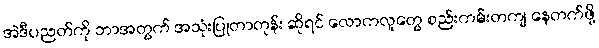
အဲဒီပညတ်ကို ဘာအတွက် အသုံးပြုတာတုန်း ဆိုရင် လောကလူတွေ စည်းကမ်းတကျ နေတက်ဖို့